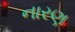
નારણ